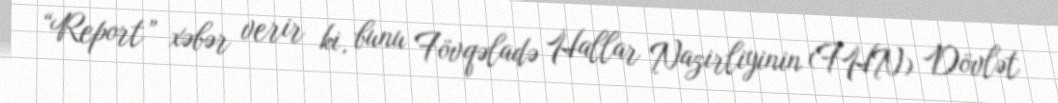
“Report” xəbər verir ki, bunu Fövqəladə Hallar Nazirliyinin (FHN) Dövlət